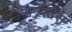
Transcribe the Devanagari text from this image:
मान्यतेस